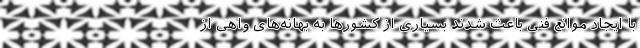
با ایجاد موانع فنی باعث شدند بسیاری از کشورها به بهانه‌های واهی از